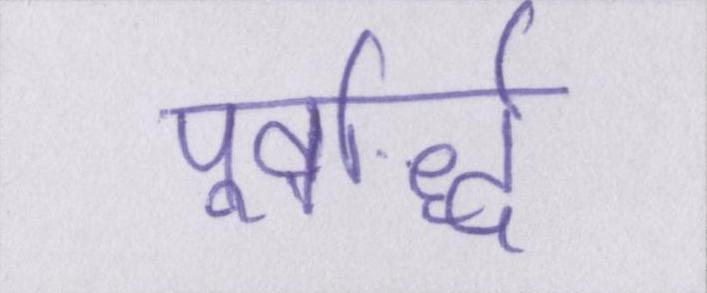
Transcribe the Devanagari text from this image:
पूर्वार्द्ध